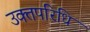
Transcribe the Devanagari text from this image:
उक्तपरिधि